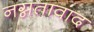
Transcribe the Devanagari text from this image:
नग्नतावाद